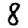
Digit: 8